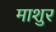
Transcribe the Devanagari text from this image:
माशुर